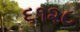
૬૧૨૮